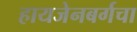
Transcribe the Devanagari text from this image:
हायजेनबर्गचा